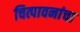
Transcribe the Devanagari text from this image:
चित्पावनांचा